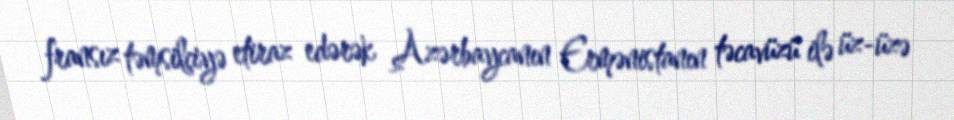
fransız təmsilçiyə etiraz edərək Azərbaycanın Ermənistanın təcavüzü ilə üz-üzə